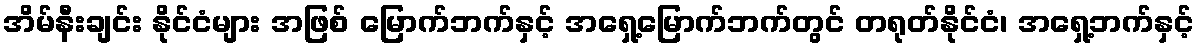
အိမ်နီးချင်း နိုင်ငံများ အဖြစ် မြောက်ဘက်နှင့် အရှေ့မြောက်ဘက်တွင် တရုတ်နိုင်ငံ၊ အရှေ့ဘက်နှင့်